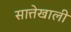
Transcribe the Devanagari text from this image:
सात्तेखाली